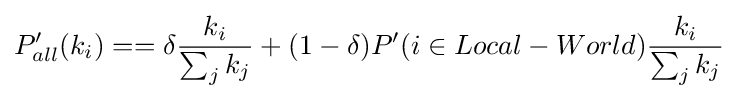
P_{all}'(k_{i})==\delta {\frac {k_{i}}{\sum _{j}k_{j}}}+(1-\delta )P'(i\in Local-World){\frac {k_{i}}{\sum _{j}k_{j}}}